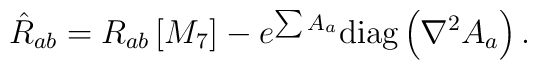
{\hat{R}_{ab}=R_{ab}\left[M_7\right]-e^{\sum A_a}\textrm{diag}\left(\nabla^2 A_a\right).}